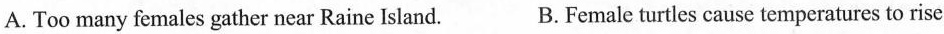
A. Too many females gather near Raine Island.B. Female turtles cause temperatures to rise.